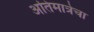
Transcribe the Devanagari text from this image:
अतिमात्रेचा